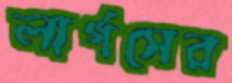
লার্গসের